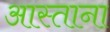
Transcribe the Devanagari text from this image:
आस्ताना